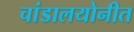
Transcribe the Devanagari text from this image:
चांडालयोनीत